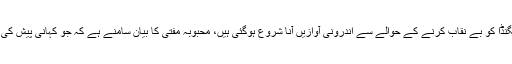
وزیر خارجہ نے کہا کہ بھارتی پروپیگنڈا کو بے نقاب کرنے کے حوالے سے اندرونی آوازیں آنا شروع ہوگئی ہیں، محبوبہ مفتی کا بیان سامنے ہے کہ جو کہانی پیش کی جارہی ہے وہ حقائق کے برعکس ہے۔